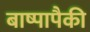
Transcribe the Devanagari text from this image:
बाष्पापैकी